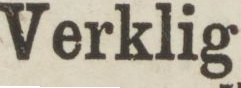
Verklig